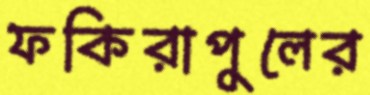
ফকিরাপুলের